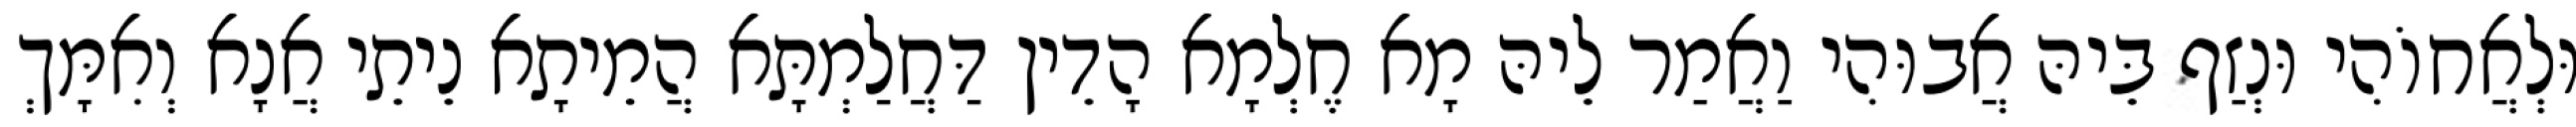
וּלְאֲחוֹהִי וּנְזַף בֵּיהּ אֲבוּהִי וַאֲמַר לֵיהּ מָא חֶלְמָא הָדֵין דַּחֲלַמְתָּא הֲמֵיתָא נֵיתֵי אֲנָא וְאִמָּךְ